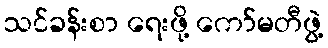
သင်ခန်းစာ ရေးဖို့ ကော်မတီဖွဲ့